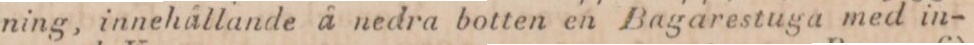
ning, innehållande å nedra botten en Bagarestuga med in-